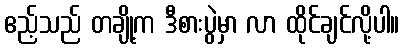
ဧည့်သည် တချို့က ဒီစားပွဲမှာ လာ ထိုင်ချင်လို့ပါ။